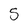
Character: 5